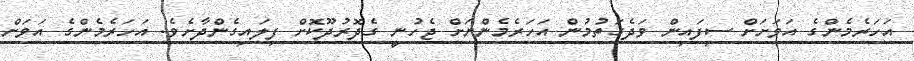
އަހަރެމެންގެ އަވަށަށް ސިފައިން ވަދެގަތުމުން އަހަރެމެންނަށް ޖެހުނީ ގެދޮރުދޫކޮށް ފިލައިގެންދާށެވެ. އަހަރެމެންގެ އަވަށް